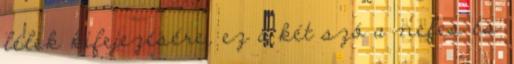
lélek kifejezésére, ez a két szó a nefes és